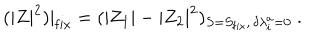
LaTeX: ( | Z | ^ { 2 } ) | _ { \mathrm { f i x } } = ( | Z _ { 1 } | - | Z _ { 2 } | ^ { 2 } ) _ { S = S _ { \mathrm { f i x } } , \, \delta \lambda _ { i } ^ { a } = 0 } \ .